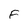
Character: F